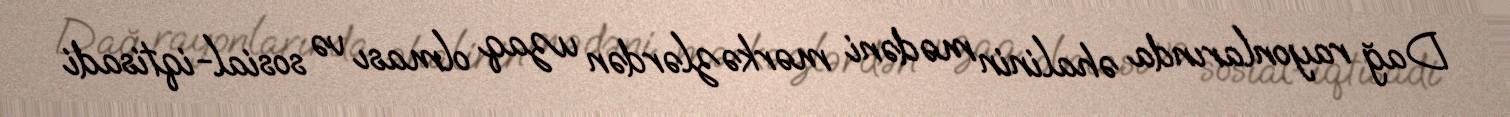
Dağ rayonlarında əhalinin mədəni mərkəzlərdən uzaq olması və sosial-iqtisadi